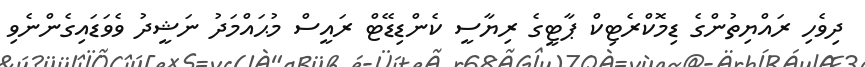
ދިވެހި ރައްޔިތުންގެ ޑިމޮކްރެޓިކް ޕާޓީގެ ރިޔާސީ ކެންޑިޑޭޓް ރައީސް މުޙައްމަދު ނަޝީދު ވެވަޑައިގެންނެވި